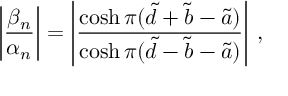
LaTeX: \left| \frac { \beta _ { n } } { \alpha _ { n } } \right| = \left| \frac { \cosh \pi ( \tilde { d } + \tilde { b } - \tilde { a } ) } { \cosh \pi ( \tilde { d } - \tilde { b } - \tilde { a } ) } \right| \, ,